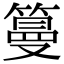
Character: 𥲑